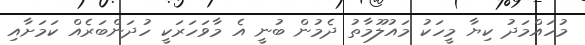
މުހައްމަދު ކިޔާ މީހަކު މައުލޫމާތު ދެމުން ބުނީ އެ މާވަހަރަކީ ހުދަންބަރެއް ކަމަށާއި